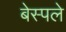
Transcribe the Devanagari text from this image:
बेस्पले